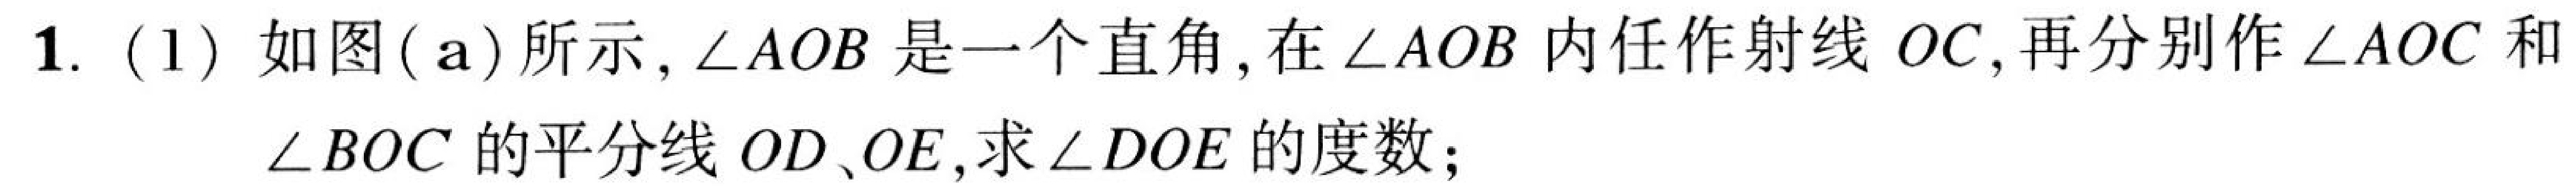
1. (1) 如图(a)所示, $\angle AOB$是一个直角, 在$\angle AOB$内任作射线$OC$,再分别作$\angle AOC$和$\angle BOC$的平分线$OD$、$OE$,求$\angle DOE$的度数;